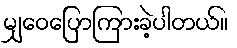
မျှဝေပြောကြားခဲ့ပါတယ်။